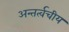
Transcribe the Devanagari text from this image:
अन्तर्त्वचीय